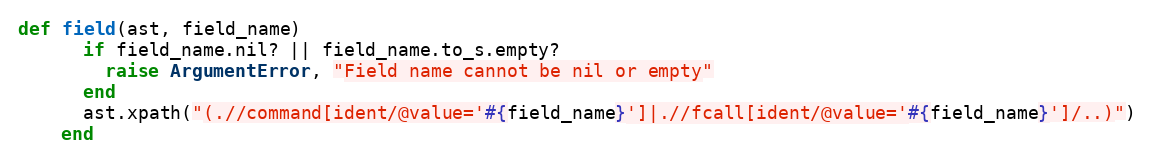
Language: Ruby
def field(ast, field_name)
      if field_name.nil? || field_name.to_s.empty?
        raise ArgumentError, "Field name cannot be nil or empty"
      end
      ast.xpath("(.//command[ident/@value='#{field_name}']|.//fcall[ident/@value='#{field_name}']/..)")
    end